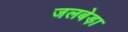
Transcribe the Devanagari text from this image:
जलबेड़ा